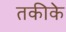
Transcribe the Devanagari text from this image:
तकीके